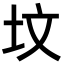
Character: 坟